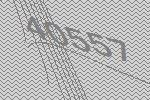
40557